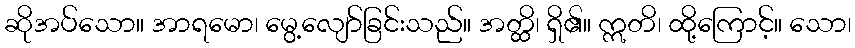
ဆိုအပ်သော။ အာရမော၊ မွေ့လျော်ခြင်းသည်။ အတ္ထိ၊ ရှိ၏။ ဣတိ၊ ထို့ကြောင့်။ သော၊